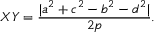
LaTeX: X Y = { \frac { | a ^ { 2 } + c ^ { 2 } - b ^ { 2 } - d ^ { 2 } | } { 2 p } } .